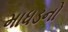
માધડનો